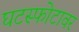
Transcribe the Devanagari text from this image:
घटस्फोटावर